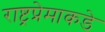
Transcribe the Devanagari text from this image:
राष्ट्रप्रेमाकडे